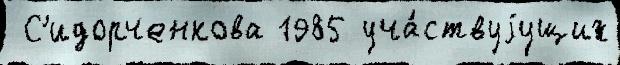
 С'идорченкова 1985 уча́ствуjущих